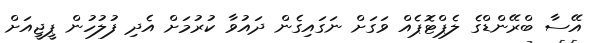
އޭސާ ބްރޭންޑްގެ ލެޕްޓޮޕެއް ވަގަށް ނަގައިގެން ދައުވާ ކުރުމަށް އެދި ފުލުހުން ޕީޖީއަށް